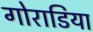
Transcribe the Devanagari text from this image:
गोराडिया